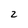
Character: 2